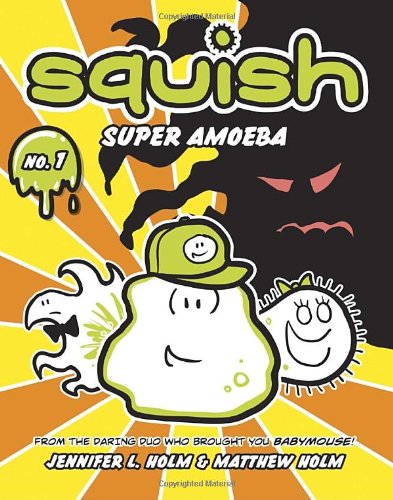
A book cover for Squish #1: Super Amoeba; Jennifer L. Holm; Children's Books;